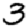
Digit: 3